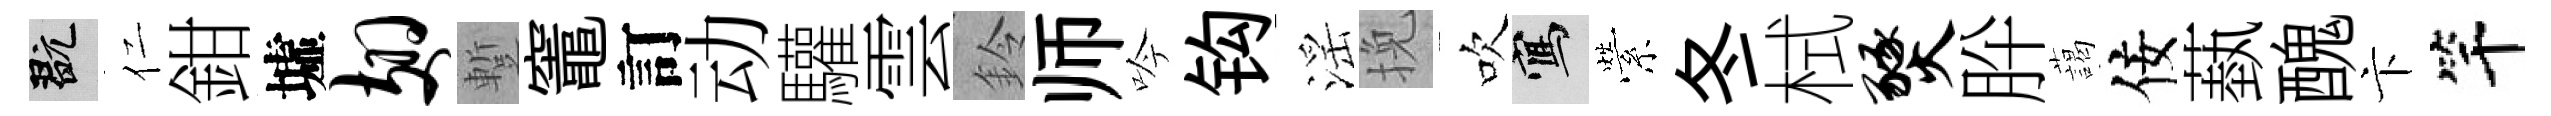
玩仁鉗墟翅蹔竈訂动驩雲鈴师吟钩滛挽吹寫縈冬栻燹肸藹佞蓺醜卞竿